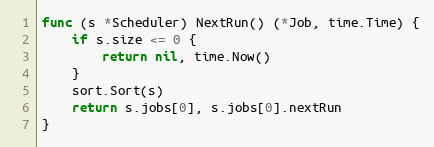
Language: Go
func (s *Scheduler) NextRun() (*Job, time.Time) {
	if s.size <= 0 {
		return nil, time.Now()
	}
	sort.Sort(s)
	return s.jobs[0], s.jobs[0].nextRun
}